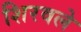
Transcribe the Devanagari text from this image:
शिरवले